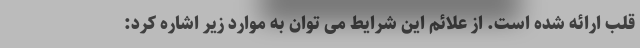
قلب ارائه شده است. از علائم این شرایط می توان به موارد زیر اشاره کرد: